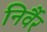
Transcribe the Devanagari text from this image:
निर्वैर